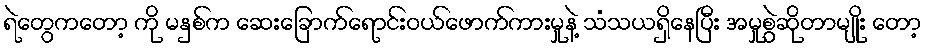
ရဲတွေကတော့ ကို မနှစ်က ဆေးခြောက်ရောင်းဝယ်ဖောက်ကားမှုနဲ့ သံသယရှိနေပြီး အမှုစွဲဆိုတာမျိုး တော့